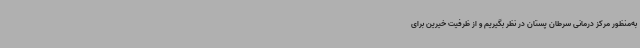
به‌منظور مرکز درمانی سرطان پستان در نظر بگیریم و از ظرفیت خیرین برای